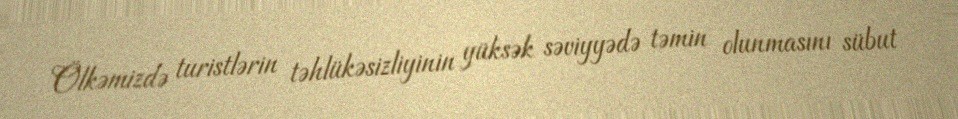
Ölkəmizdə turistlərin təhlükəsizliyinin yüksək səviyyədə təmin olunmasını sübut